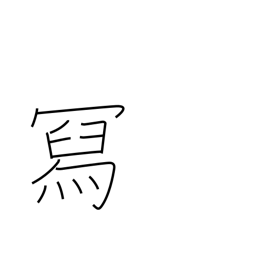
Meaning: compose